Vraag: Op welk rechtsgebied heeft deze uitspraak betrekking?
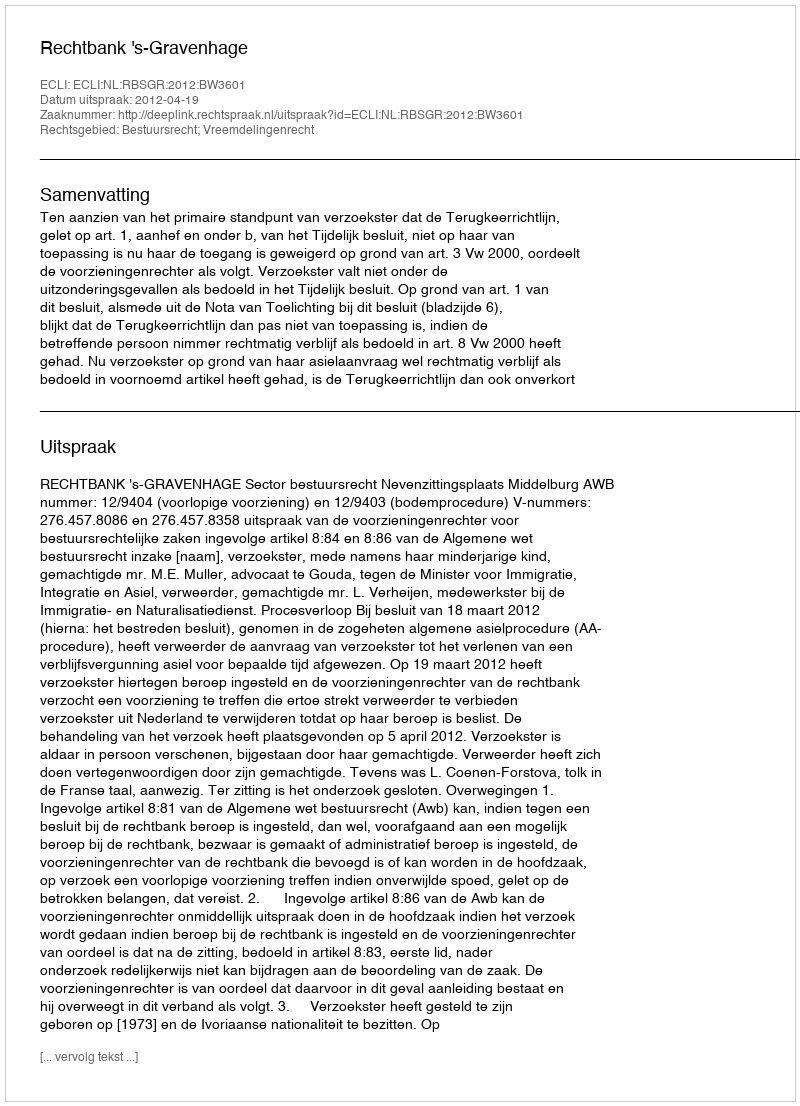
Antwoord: Bestuursrecht; Vreemdelingenrecht